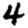
Digit: 4